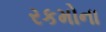
રકમોના